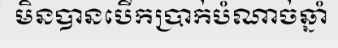
មិនបានបើកប្រាក់បំណាច់ឆ្នាំ